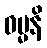
ဝမ္မနိ